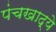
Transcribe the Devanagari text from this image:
पंचखाद्ये